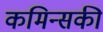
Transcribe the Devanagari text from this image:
कमिन्सकी